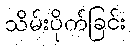
သိမ်းပိုက်ခြင်း